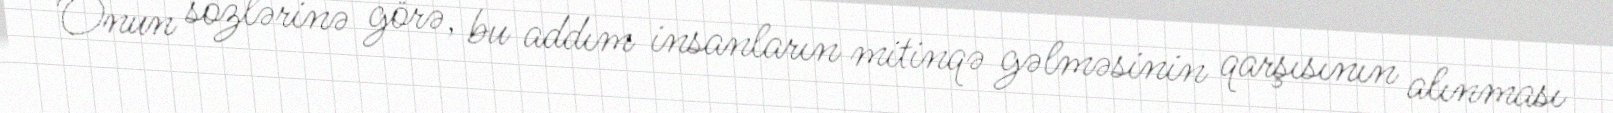
Onun sözlərinə görə, bu addım insanların mitinqə gəlməsinin qarşısının alınması